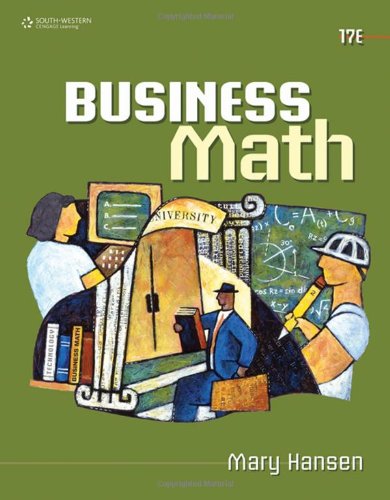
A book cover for Business Math; Mary Hansen; Business & Money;